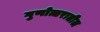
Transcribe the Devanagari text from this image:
गुणोत्तरातील